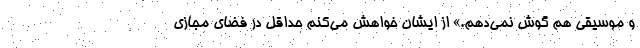
و موسیقی هم گوش نمی‌دهم.» از ایشان خواهش می‌کنم حداقل در فضای مجازی